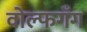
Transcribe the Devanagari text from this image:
वोल्फगँग